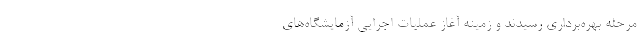
مرحله بهره‌برداری رسیدند و زمینه آغاز عملیات اجرایی آزمایشگاه‌های